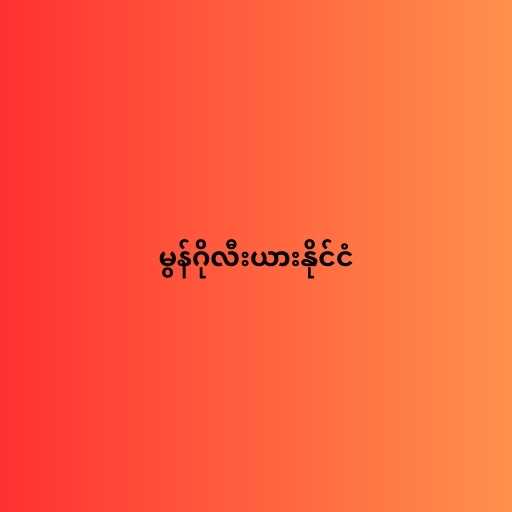
မွန်ဂိုလီးယားနိုင်ငံ